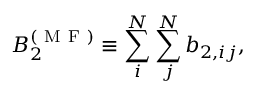
B _ { 2 } ^ { ( { \mathrm { ~ M ~ F ~ } } ) } \equiv \sum _ { i } ^ { N } \sum _ { j } ^ { N } b _ { 2 , i j } ,